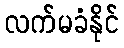
လက်မခံနိုင်